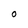
Character: 0